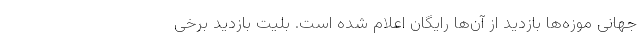
جهانی موزه‌ها بازدید از آن‌ها رایگان اعلام شده است. بلیت بازدید برخی